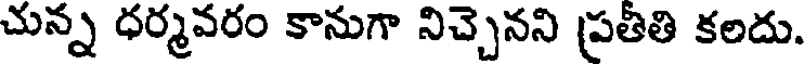
చున్న ధర్మవరం కానుగా నిచ్చెనని ప్రతితి కలదు.